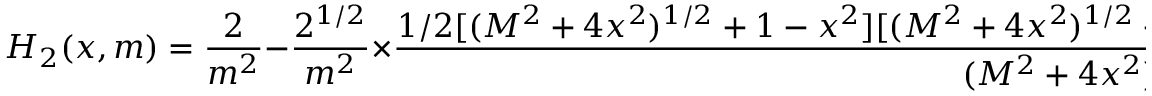
H _ { 2 } ( x , m ) = \frac { 2 } { m ^ { 2 } } - \frac { 2 ^ { 1 / 2 } } { m ^ { 2 } } \times \frac { 1 / 2 [ ( M ^ { 2 } + 4 x ^ { 2 } ) ^ { 1 / 2 } + 1 - x ^ { 2 } ] [ ( M ^ { 2 } + 4 x ^ { 2 } ) ^ { 1 / 2 } + M ] ^ { 1 / 2 } + | x | \, [ ( M ^ { 2 } + 4 x ^ { 2 } ) ^ { 1 / 2 } - M ] ^ { 1 / 2 } } { ( M ^ { 2 } + 4 x ^ { 2 } ) ^ { 1 / 2 } }